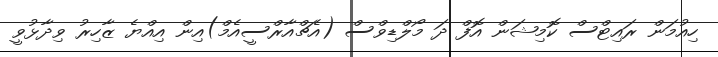
ހިއުމަން ރައިޓްސް ކޮމިޝަން އޮފް ދަ މޯލްޑިވްސް (އެޗްއާރްސީއެމް)އިން އިއްޔެ ޒާހިރު ވިދާޅުވީ